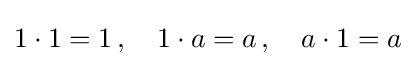
\textstyle 1\cdot 1=1\,,\quad 1\cdot a=a\,,\quad a\cdot 1=a